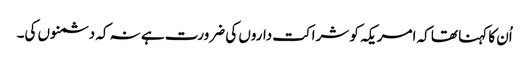
اُن کا کہنا تھا کہ امریکہ کو شراکت داروں کی ضرورت ہے نہ کہ دشمنوں کی۔